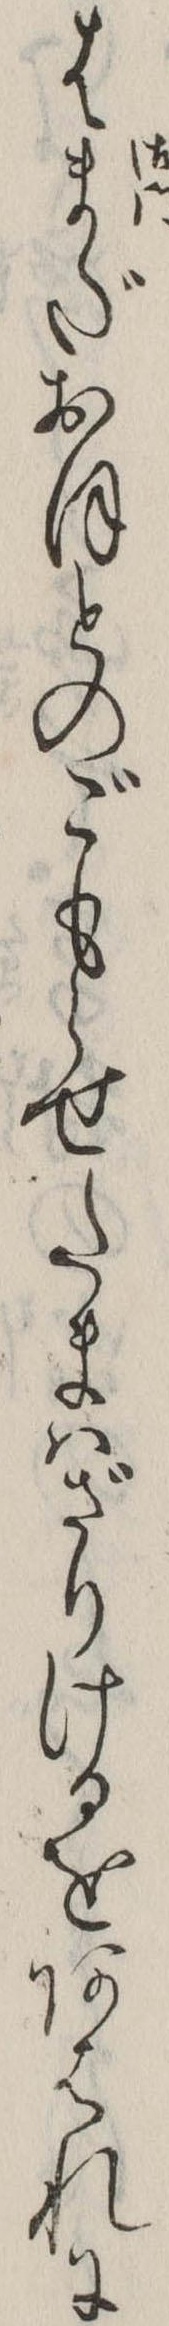
はまだおほとのごもらせたまはざりけるをあはれに